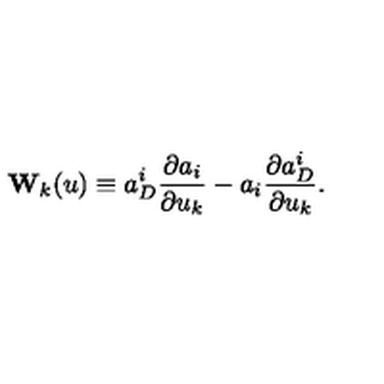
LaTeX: { \bf W } _ { k } ( u ) \equiv a _ { D } ^ { i } \frac { \partial a _ { i } } { \partial u _ { k } } - a _ { i } \frac { \partial a _ { D } ^ { i } } { \partial u _ { k } } .